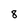
Character: 8